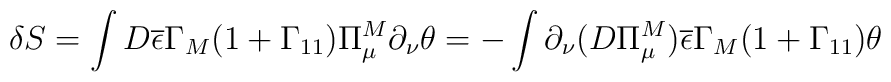
\delta S=\int D \overline{\epsilon}\Gamma_M(1+\Gamma_{11})\Pi^M_{\mu}\partial_{\nu}\theta= -\int \partial_{\nu}(D\Pi^M_{\mu})\overline{\epsilon}\Gamma_M(1+\Gamma_{11})\theta